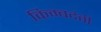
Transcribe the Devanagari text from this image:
किम्बदंती